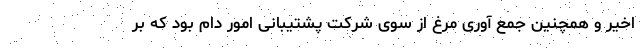
اخیر و همچنین جمع آوری مرغ از سوی شرکت پشتیبانی امور دام بود که بر